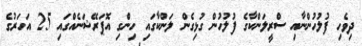
ދިވެހި ފުލުހުންނާއި ސްރީލަންކާގެ ފުލުހުން ގުޅިގެން ލަންކާގައި ހިންގި އޮޕަރޭޝަނެއްގައި 25 އަހަރުގެ